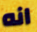
انه